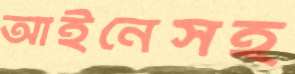
আইনেসহ